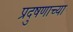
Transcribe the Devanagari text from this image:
प्रदुषणाच्या